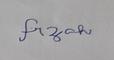
Signature authenticity: forged